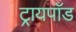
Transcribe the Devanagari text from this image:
ट्रायपाॅड